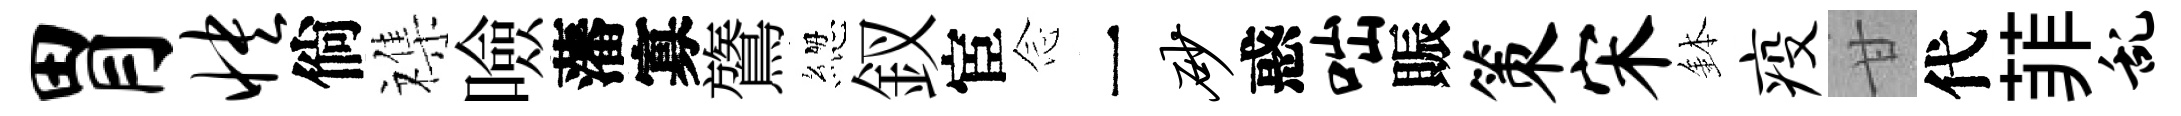
胃怏倘襍噞藩寡鷟緫釵宦𫝹一砂惑咄賑策宋鉢疫甘代菲乱